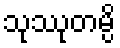
သုဿုတမ္ပိ